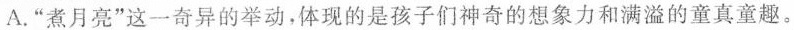
A. ”煮月亮”这一奇异的举动，体现的是孩子们神奇的想象力和满溢的童真童趣。